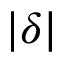
| \delta |